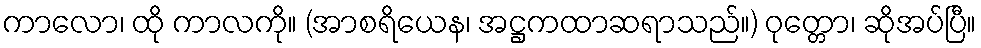
ကာလော၊ ထို ကာလကို။ (အာစရိယေန၊ အဋ္ဌကထာဆရာသည်။) ဝုတ္တော၊ ဆိုအပ်ပြီ။